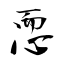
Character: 恧